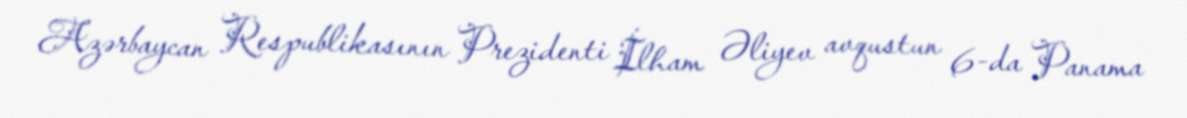
Azərbaycan Respublikasının Prezidenti İlham Əliyev avqustun 6-da Panama